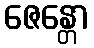
ဇေန္တော